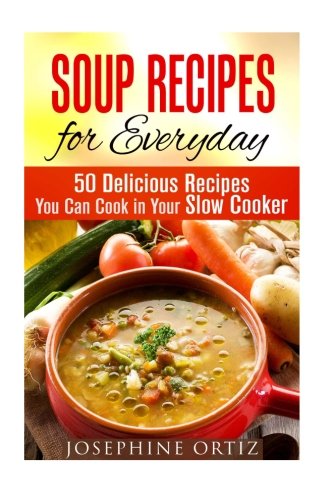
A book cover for Soup Recipes for Everyday: 50 Delicious Recipes You Can Cook in Your Slow Cooker (Paleo & Farmhouse Food)); Josephine Ortiz; Cookbooks, Food & Wine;